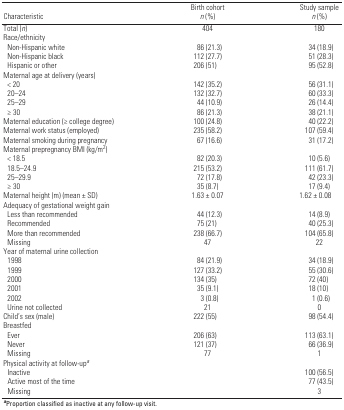
<table><thead><tr><td><b>Characteristic</b></td><td><b>Birth cohort <i>n</i> (%)</b></td><td><b>Study sample <i>n</i> (%)</b></td></tr></thead><tbody><tr><td><b>Total (<i>n</i>)</b></td><td>404</td><td>180</td></tr><tr><td><b>Race/ethnicity</b></td></tr><tr><td><b>Non-Hispanic white</b></td><td>86 (21.3)</td><td>34 (18.9)</td></tr><tr><td><b>Non-Hispanic black</b></td><td>112 (27.7)</td><td>51 (28.3)</td></tr><tr><td><b>Hispanic or other</b></td><td>206 (51)</td><td>95 (52.8)</td></tr><tr><td><b>Maternal age at delivery (years)</b></td></tr><tr><td><b>&lt; 20</b></td><td>142 (35.2)</td><td>56 (31.1)</td></tr><tr><td><b>20–24</b></td><td>132 (32.7)</td><td>60 (33.3)</td></tr><tr><td><b>25–29</b></td><td>44 (10.9)</td><td>26 (14.4)</td></tr><tr><td><b>≥ 30</b></td><td>86 (21.3)</td><td>38 (21.1)</td></tr><tr><td><b>Maternal education (≥ college degree)</b></td><td>100 (24.8)</td><td>40 (22.2)</td></tr><tr><td><b>Maternal work status (employed)</b></td><td>235 (58.2)</td><td>107 (59.4)</td></tr><tr><td><b>Maternal smoking during pregnancy</b></td><td>67 (16.6)</td><td>31 (17.2)</td></tr><tr><td><b>Maternal prepregnancy BMI (kg/m<sup>2</sup>)</b></td></tr><tr><td><b>&lt; 18.5</b></td><td>82 (20.3)</td><td>10 (5.6)</td></tr><tr><td><b>18.5–24.9</b></td><td>215 (53.2)</td><td>111 (61.7)</td></tr><tr><td><b>25–29.9</b></td><td>72 (17.8)</td><td>42 (23.3)</td></tr><tr><td><b>≥ 30</b></td><td>35 (8.7)</td><td>17 (9.4)</td></tr><tr><td><b>Maternal height (m) (mean ± SD)</b></td><td>1.63 ± 0.07</td><td>1.62 ± 0.08</td></tr><tr><td><b>Adequacy of gestational weight gain</b></td></tr><tr><td><b>Less than recommended</b></td><td>44 (12.3)</td><td>14 (8.9)</td></tr><tr><td><b>Recommended </b></td><td>75 (21)</td><td>40 (25.3)</td></tr><tr><td><b>More than recommended</b></td><td>238 (66.7)</td><td>104 (65.8)</td></tr><tr><td><b>Missing</b></td><td>47</td><td>22</td></tr><tr><td><b>Year of maternal urine collection</b></td></tr><tr><td><b>1998</b></td><td>84 (21.9)</td><td>34 (18.9)</td></tr><tr><td><b>1999</b></td><td>127 (33.2)</td><td>55 (30.6)</td></tr><tr><td><b>2000</b></td><td>134 (35)</td><td>72 (40)</td></tr><tr><td><b>2001</b></td><td>35 (9.1)</td><td>18 (10)</td></tr><tr><td><b>2002</b></td><td>3 (0.8)</td><td>1 (0.6)</td></tr><tr><td><b>Urine not collected</b></td><td>21</td><td>0</td></tr><tr><td><b>Child’s sex (male)</b></td><td>222 (55)</td><td>98 (54.4)</td></tr><tr><td><b>Breastfed</b></td></tr><tr><td><b>Ever</b></td><td>206 (63)</td><td>113 (63.1)</td></tr><tr><td><b>Never</b></td><td>121 (37)</td><td>66 (36.9)</td></tr><tr><td><b>Missing</b></td><td>77</td><td>1</td></tr><tr><td><b>Physical activity at follow-up<sup><i>a</i></sup></b></td></tr><tr><td><b>Inactive</b></td><td></td><td>100 (56.5)</td></tr><tr><td><b>Active most of the time</b></td><td></td><td>77 (43.5)</td></tr><tr><td><b>Missing</b></td><td></td><td>3</td></tr><tr><td colspan="3"><sup><i><b>a</b></i></sup>Proportion classified as inactive at any follow-up visit.</td></tr></tbody></table>